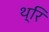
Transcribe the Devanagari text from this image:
थ्रि